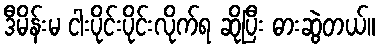
ဒီမိန်းမ ငါးပိုင်းပိုင်းလိုက်ရ ဆိုပြီး ဓားဆွဲတယ်။